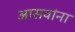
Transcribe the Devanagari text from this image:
आसवांना